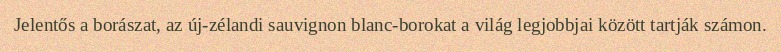
Jelentős a borászat, az új-zélandi sauvignon blanc-borokat a világ legjobbjai között tartják számon.